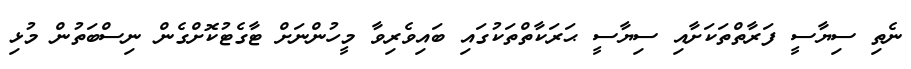
ނެތި ސިޔާސީ ފަރާތްތަކަށާއި ސިޔާސީ ޙަރަކާތްތަކުގައި ބައިވެރިވާ މީހުންނަށް ޓާގެޓުކޮށްގެން ނިސްބަތުން މުޅި